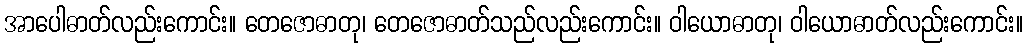
အာပေါဓာတ်လည်းကောင်း။ တေဇောဓာတု၊ တေဇောဓာတ်သည်လည်းကောင်း။ ဝါယောဓာတု၊ ဝါယောဓာတ်လည်းကောင်း။